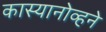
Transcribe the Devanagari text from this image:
कास्यानोव्हने